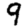
Digit: 9